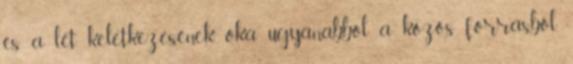
és a lét keletkezésének oka ugyanabból a közös forrásból,